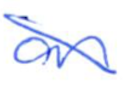
Text: an
Cross-out: diagonal
Writing tool: ballpoint